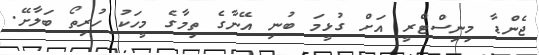
ޖެންޑާ މިނިސްޓްރީ އަށް ގުޅީމަ ބުނި އޭނާގެ ތިމާގެ މީހަކު ހުރިތޯ ބަލާށޭ.